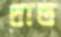
থান্ত